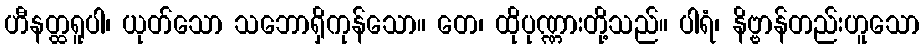
ဟီနတ္ထရူပါ၊ ယုတ်သော သဘောရှိကုန်သော။ တေ၊ ထိုပုဏ္ဏားတို့သည်။ ပါရံ၊ နိဗ္ဗာန်တည်းဟူသော